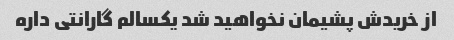
از خریدش پشیمان نخواهید شد یکسالم گارانتی داره